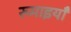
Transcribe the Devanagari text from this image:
रुमाइयाँ